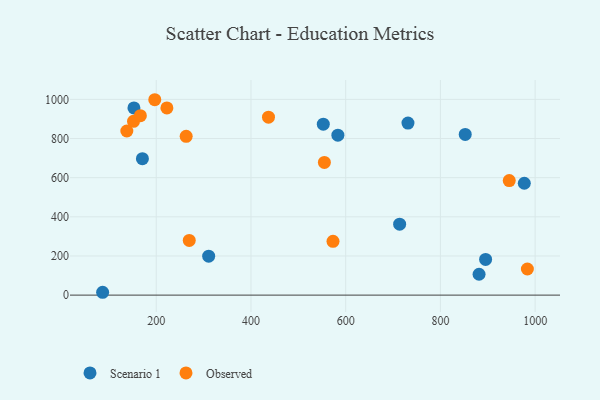
{"axis": {"x": "Distance", "y": "Salary"}, "legend": ["Observed", "Scenario 1"], "data": [{"x": "152.9", "y": 956.6, "type": "Scenario 1"}, {"x": "713.9", "y": 362.3, "type": "Scenario 1"}, {"x": "895.4", "y": 182.1, "type": "Scenario 1"}, {"x": "852.4", "y": 820.8, "type": "Scenario 1"}, {"x": "310.7", "y": 199.2, "type": "Scenario 1"}, {"x": "170.8", "y": 697.1, "type": "Scenario 1"}, {"x": "86.8", "y": 14.5, "type": "Scenario 1"}, {"x": "552.7", "y": 873.3, "type": "Scenario 1"}, {"x": "583.5", "y": 817.1, "type": "Scenario 1"}, {"x": "881.6", "y": 106.6, "type": "Scenario 1"}, {"x": "731.5", "y": 878.8, "type": "Scenario 1"}, {"x": "977.1", "y": 571.5, "type": "Scenario 1"}, {"x": "137.9", "y": 838.6, "type": "Observed"}, {"x": "555.0", "y": 677.9, "type": "Observed"}, {"x": "945.3", "y": 585.0, "type": "Observed"}, {"x": "222.5", "y": 956.5, "type": "Observed"}, {"x": "263.2", "y": 811.4, "type": "Observed"}, {"x": "269.7", "y": 279.6, "type": "Observed"}, {"x": "196.9", "y": 998.3, "type": "Observed"}, {"x": "437.0", "y": 908.9, "type": "Observed"}, {"x": "152.0", "y": 887.7, "type": "Observed"}, {"x": "983.6", "y": 133.3, "type": "Observed"}, {"x": "166.5", "y": 916.9, "type": "Observed"}, {"x": "573.2", "y": 274.8, "type": "Observed"}]}